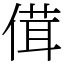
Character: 傇